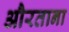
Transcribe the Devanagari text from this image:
औरताना